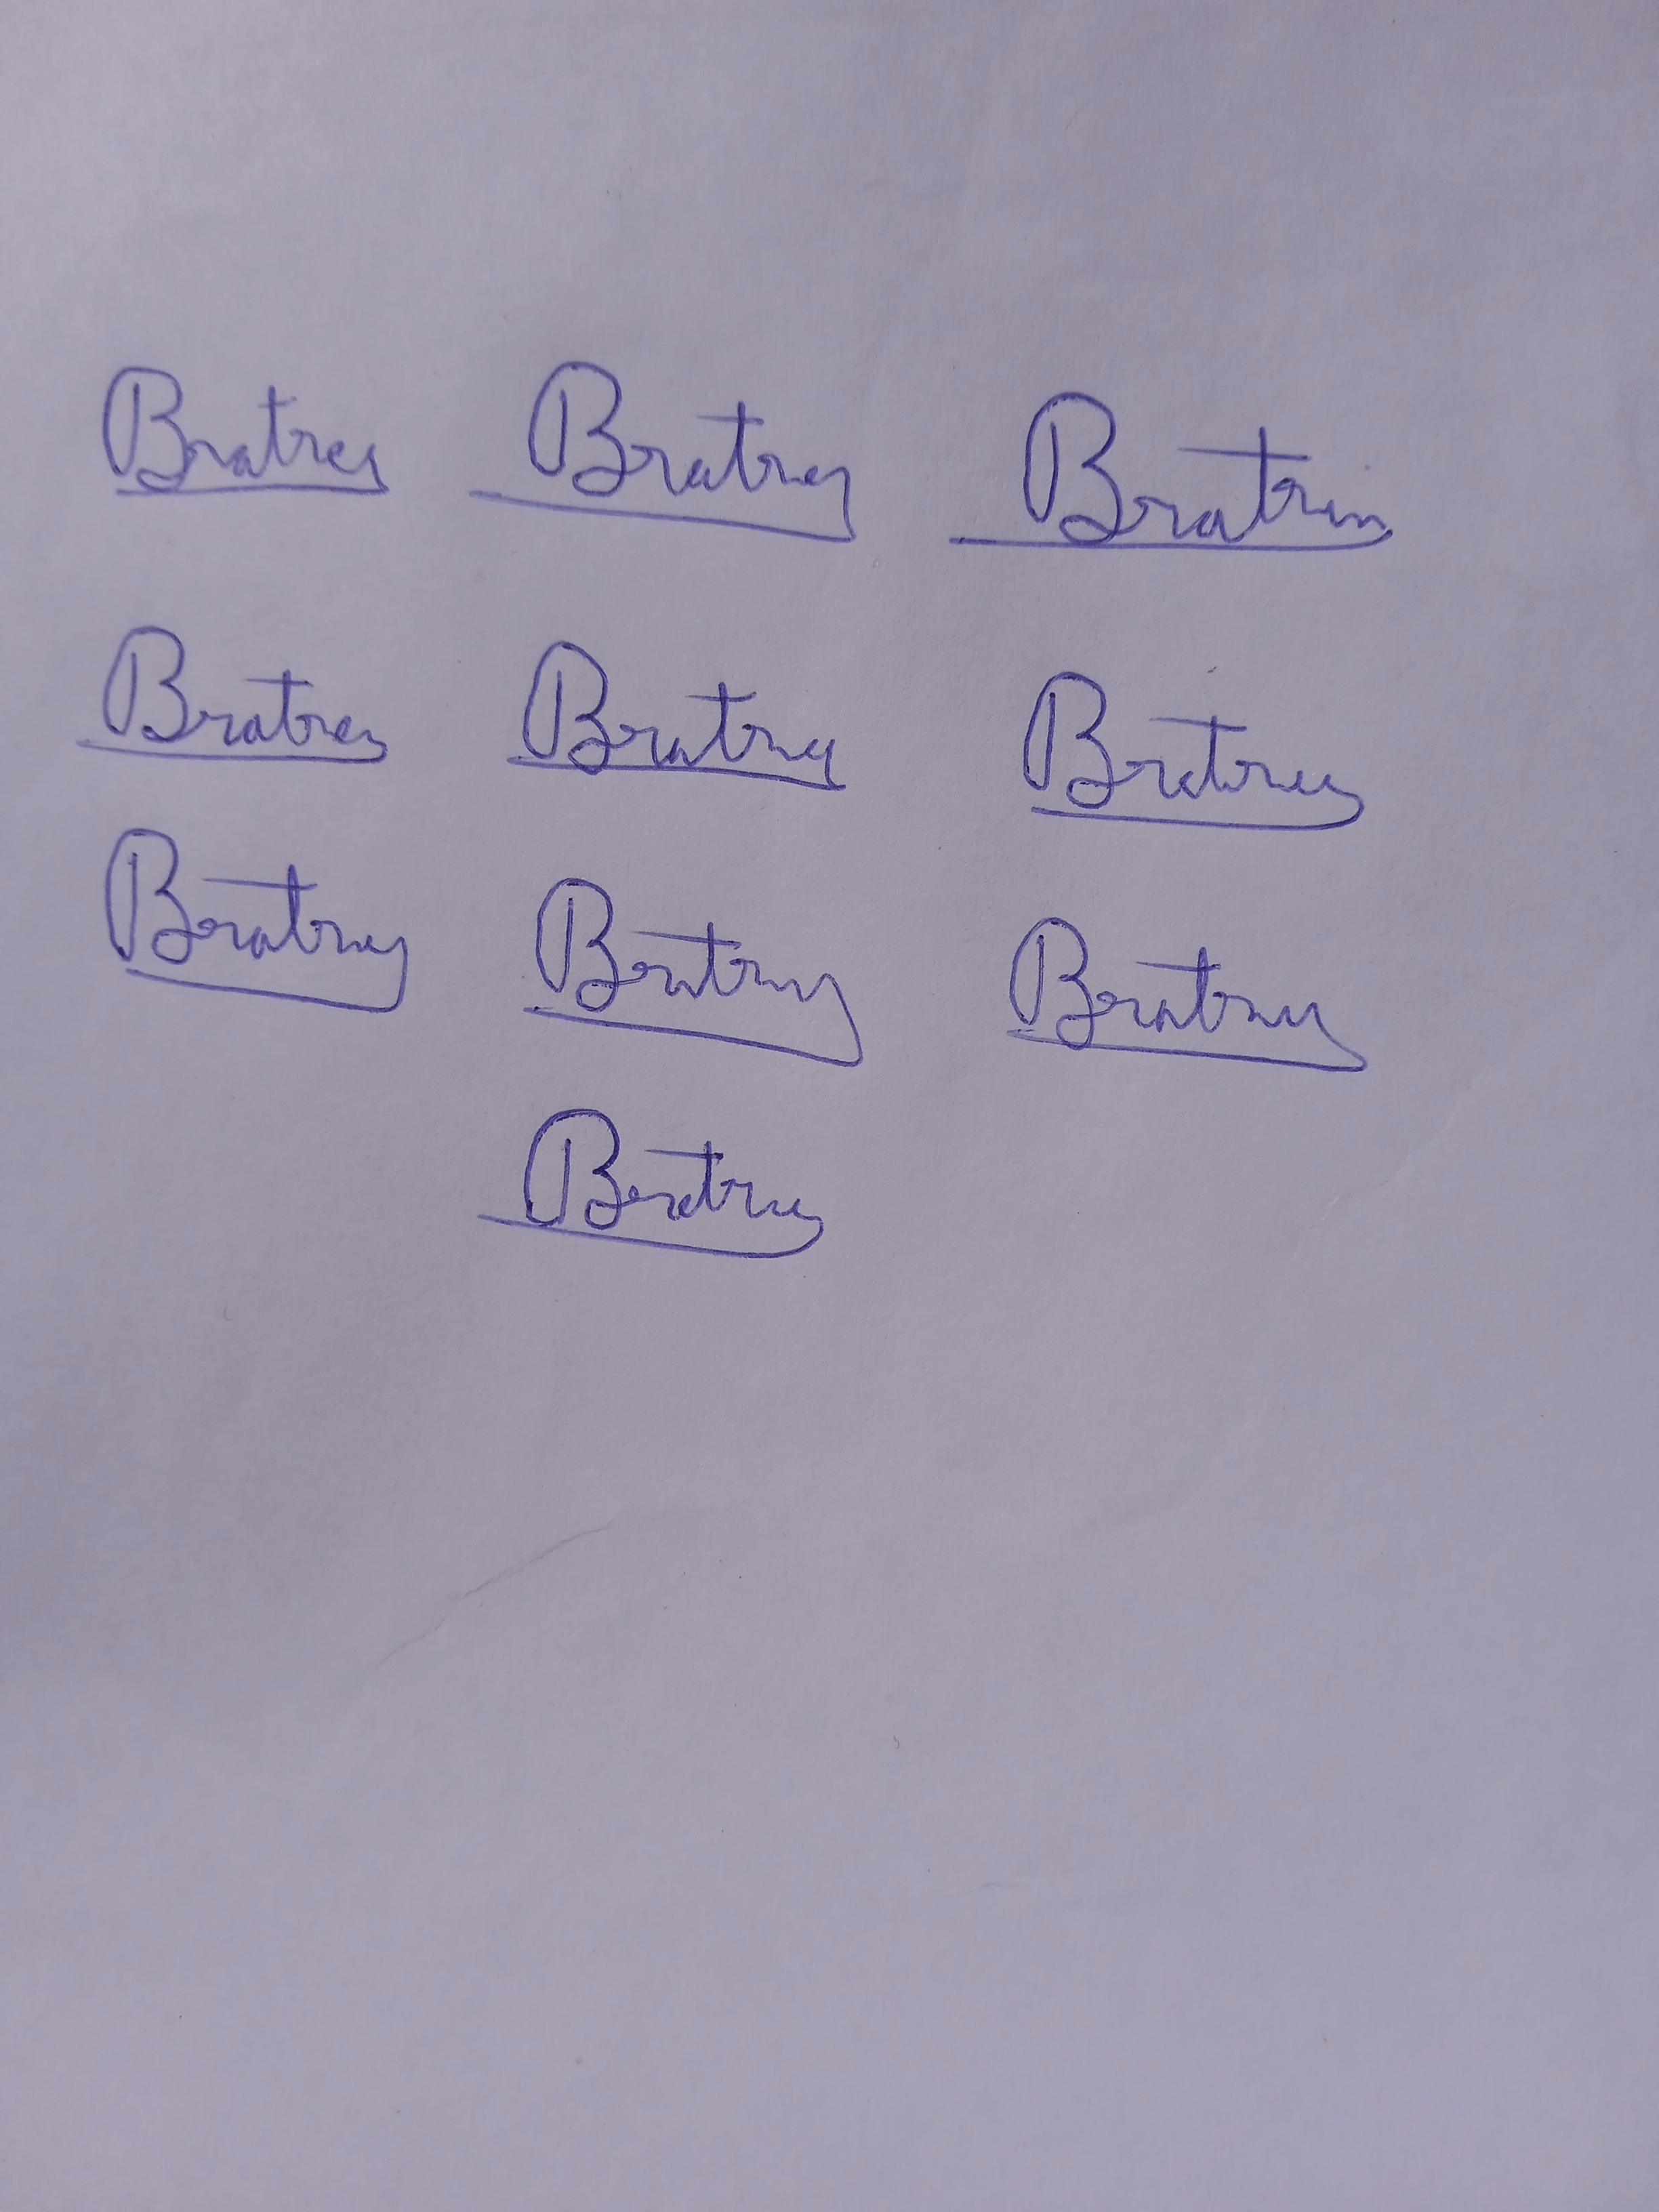
Signature authenticity: genuine